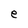
Character: e